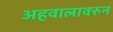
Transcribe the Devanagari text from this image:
अहवालावरुन